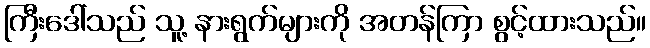
ကြီးဒေါ်သည် သူ့ နားရွက်များကို အတန်ကြာ စွင့်ထားသည်။